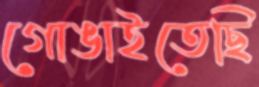
গোঙাইতেছি